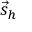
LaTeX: { \vec { s } } _ { h }